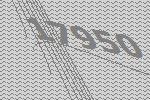
17950